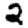
Digit: 2